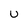
Character: u